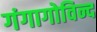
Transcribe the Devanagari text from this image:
गंगागोविन्द